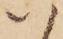
い